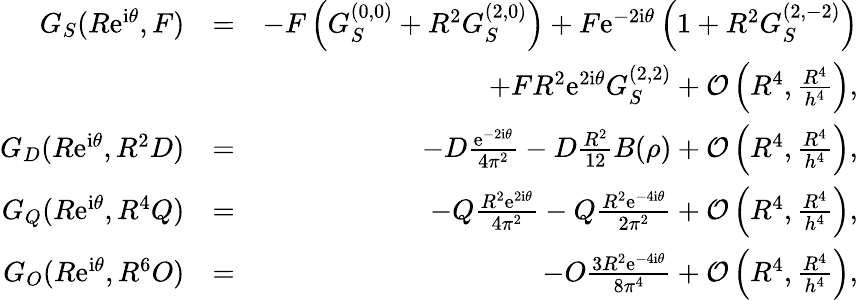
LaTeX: \begin{array}{rlr}{G_{S}(R\mathrm{e}^{\mathrm{i}\theta},F)}&{=}&{-F\left(G_{S}^{(0,0)}+R^{2}G_{S}^{(2,0)}\right)+F\mathrm{e}^{-2\mathrm{i}\theta}\left(1+R^{2}G_{S}^{(2,-2)}\right)}\\ &{}&{+FR^{2}\mathrm{e}^{2\mathrm{i}\theta}G_{S}^{(2,2)}+\mathcal{O}\left(R^{4},\frac{R^{4}}{h^{4}}\right),}\\ {G_{D}(R\mathrm{e}^{\mathrm{i}\theta},R^{2}D)}&{=}&{-D\frac{\mathrm{e}^{-2\mathrm{i}\theta}}{4\pi^{2}}-D\frac{R^{2}}{12}B(\rho)+\mathcal{O}\left(R^{4},\frac{R^{4}}{h^{4}}\right),}\\ {G_{Q}(R\mathrm{e}^{\mathrm{i}\theta},R^{4}Q)}&{=}&{-Q\frac{R^{2}\mathrm{e}^{2\mathrm{i}\theta}}{4\pi^{2}}-Q\frac{R^{2}\mathrm{e}^{-4\mathrm{i}\theta}}{2\pi^{2}}+\mathcal{O}\left(R^{4},\frac{R^{4}}{h^{4}}\right),}\\ {G_{O}(R\mathrm{e}^{\mathrm{i}\theta},R^{6}O)}&{=}&{-O\frac{3R^{2}\mathrm{e}^{-4\mathrm{i}\theta}}{8\pi^{4}}+\mathcal{O}\left(R^{4},\frac{R^{4}}{h^{4}}\right),}\end{array}